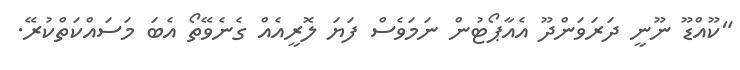
"ކޫއްޑޫ ނޫނީ ދަރަވަންދޫ އެއާޕޯޓުން ނަމަވެސް ފަޔަ ލޮރީއެއް ގެނެވޭތޯ އެބަ މަސައްކަތްކުރޭ.